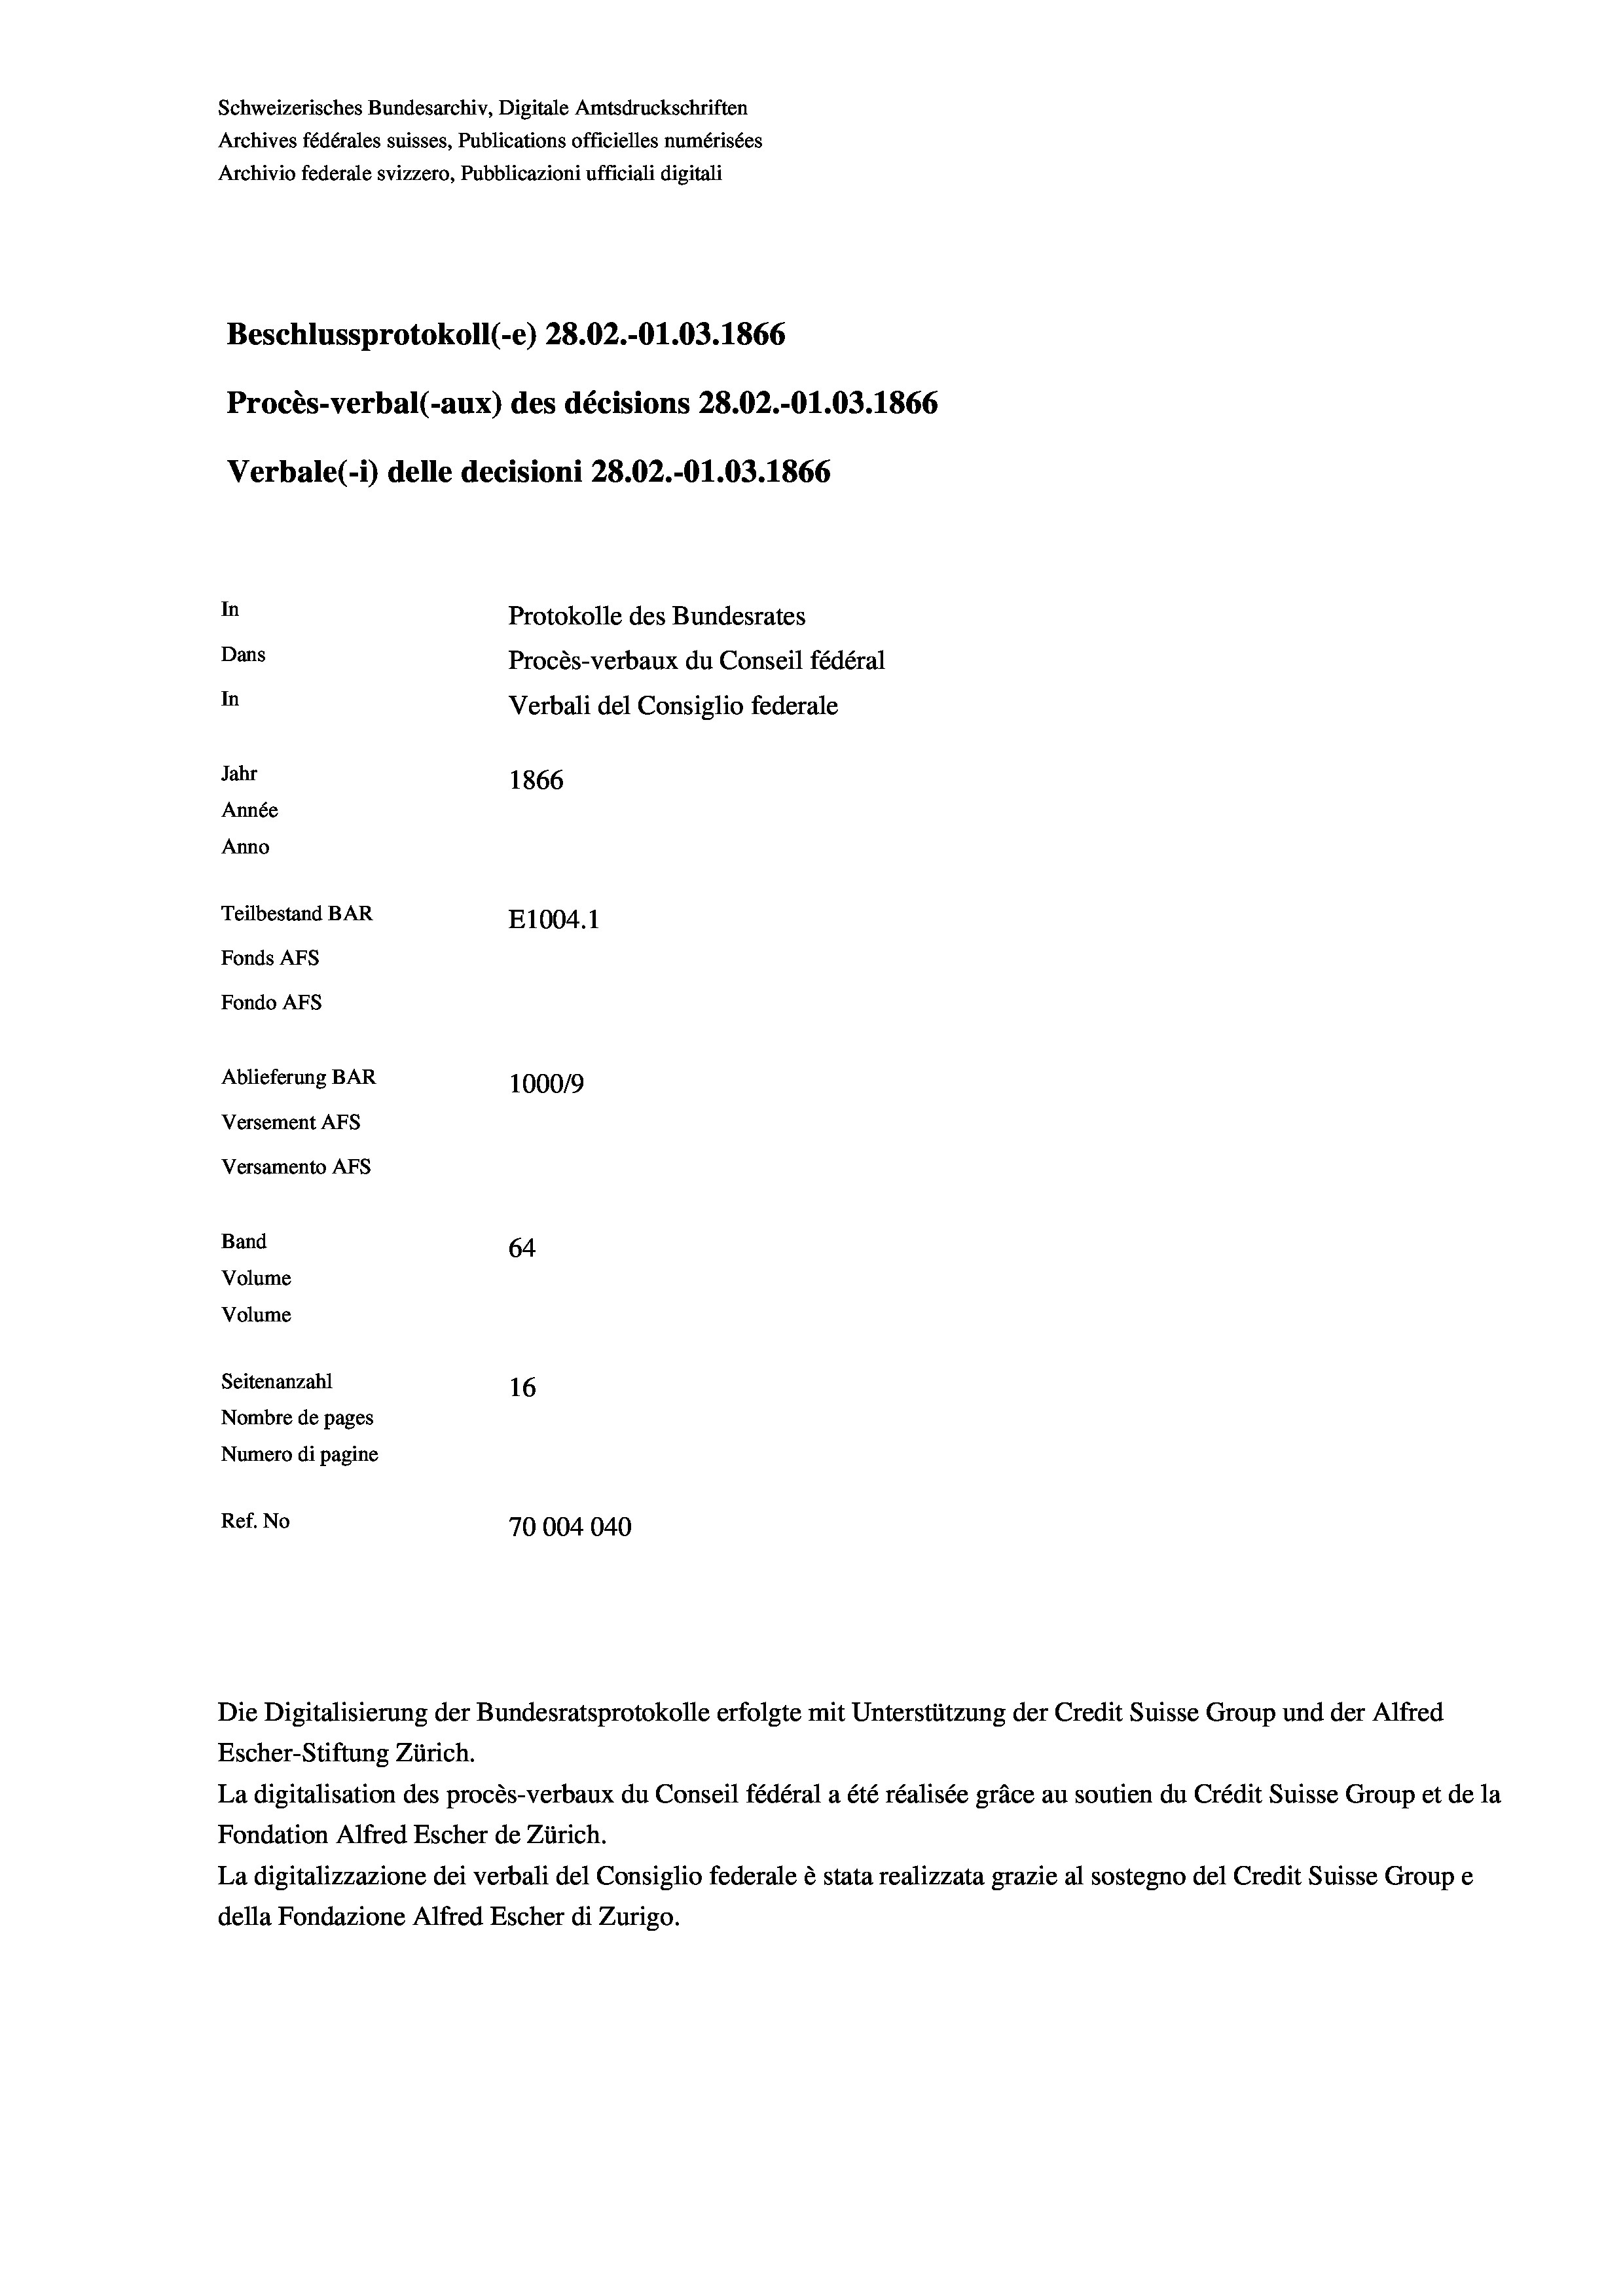
Schweizerisches Bundesarchiv, Digitale Amtsdruckschriften
Archives fédérales suisses, Publications officielles numérisées
Archivio federale svizzero, Pubblicazioni ufficiali digitali
Beschlussprotokoll (-e) 28.02.-O1.03. 1866
Procès-verbal (-aux) des décisions 28.02.-O1.03. 1866
Verbale (- 1) delle decisioni 28.02.-O1.03. 1866
In
Protokolle des Bundesrates
Dans
Procès-verbaux du Conseil fédéral
In
Verbali del Consiglio federale
Jahr
1866
Année
Anno
Teilbestand BAR
E1004. 1
Fonds AFs
Fondo Afs
Ablieferung BAR
100019
Versement AFs
Versamento Afs
Band
64

Volume
Volume
Seitenanzahl
16
Nombre de pages
Numero di pagine
Ref. No
70004040

Die Digitalisierung der Bundesratsprotokolle erfolgte mit Unterstützung der Credit Suisse Group und der Alfred
Escher-Stiftung Zürich.
La digitalisation des procès-verbaux du Conseil fédéral a été réalisée gräce au soutien du Crédit Suisse Group et de la
Fondation Alfred Escher de Zürich.
La digitalizzazione dei verbali del Consiglio federale è stata realizzata grazie al sostegno del Credit Suisse Groupe
della Fondazione Alfred Escher di Zurigo.